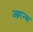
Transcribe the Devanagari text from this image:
आरन्भ